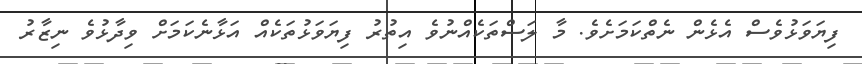
ފިޔަވަޅުވެސް އެޅެން ނެތްކަމަށެވެ. މާ ލަސްތަކެއްނުވެ އިތުރު ފިޔަވަޅުތަކެއް އަޅާނެކަމަށް ވިދާޅުވެ ނިޒާރު